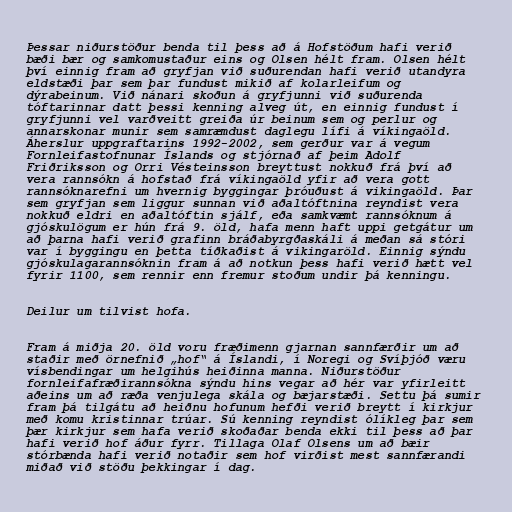
Þessar niðurstöður benda til þess að á Hofstöðum hafi verið
bæði bær og samkomustaður eins og Olsen hélt fram. Olsen hélt
því einnig fram að gryfjan við suðurendan hafi verið utandyra
eldstæði þar sem þar fundust mikið af kolarleifum og
dýrabeinum. Við nánari skoðun á gryfjunni við suðurenda
tóftarinnar datt þessi kenning alveg út, en einnig fundust í
gryfjunni vel varðveitt greiða úr beinum sem og perlur og
annarskonar munir sem samræmdust daglegu lífi á víkingaöld.
Áherslur uppgraftarins 1992-2002, sem gerður var á vegum
Fornleifastofnunar Íslands og stjórnað af þeim Adolf
Friðriksson og Orri Vésteinsson breyttust nokkuð frá því að
vera rannsókn á hofstað frá víkingaöld yfir að vera gott
rannsóknarefni um hvernig byggingar þróuðust á vikingaöld. Þar
sem gryfjan sem liggur sunnan við aðaltóftnina reyndist vera
nokkuð eldri en aðaltóftin sjálf, eða samkvæmt rannsóknum á
gjóskulögum er hún frá 9. öld, hafa menn haft uppi getgátur um
að þarna hafi verið grafinn bráðabyrgðaskáli á meðan sá stóri
var í byggingu en þetta tíðkaðist á vikingaröld. Einnig sýndu
gjóskulagarannsóknin fram á að notkun þess hafi verið hætt vel
fyrir 1100, sem rennir enn fremur stoðum undir þá kenningu.

Deilur um tilvist hofa.

Fram á miðja 20. öld voru fræðimenn gjarnan sannfærðir um að
staðir með örnefnið „hof“ á Íslandi, í Noregi og Svíþjóð væru
vísbendingar um helgihús heiðinna manna. Niðurstöður
fornleifafræðirannsókna sýndu hins vegar að hér var yfirleitt
aðeins um að ræða venjulega skála og bæjarstæði. Settu þá sumir
fram þá tilgátu að heiðnu hofunum hefði verið breytt í kirkjur
með komu kristinnar trúar. Sú kenning reyndist ólíkleg þar sem
þær kirkjur sem hafa verið skoðaðar benda ekki til þess að þar
hafi verið hof áður fyrr. Tillaga Olaf Olsens um að bæir
stórbænda hafi verið notaðir sem hof virðist mest sannfærandi
miðað við stöðu þekkingar í dag.